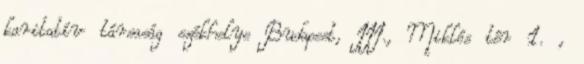
karitatív társaság székhelye Budapest, III., Miklós tér 1. ,